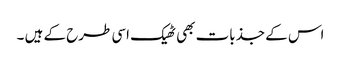
اس کے جذبات بھی ٹھیک اسی طرح کے ہیں ۔